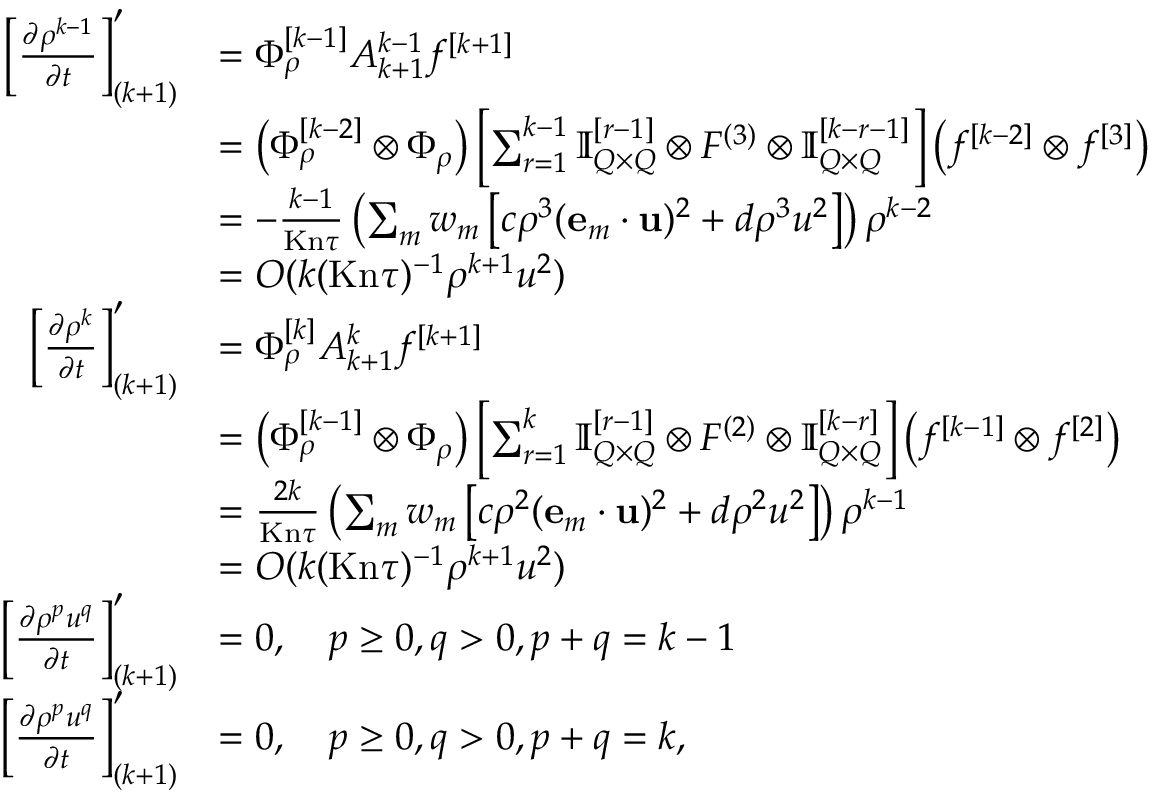
\begin{array} { r l } { \left[ \ensuremath { \frac { \partial \rho ^ { k - 1 } } { \partial t } } \right] _ { ( k + 1 ) } ^ { \prime } } & { = \Phi _ { \rho } ^ { [ k - 1 ] } A _ { k + 1 } ^ { k - 1 } f ^ { [ k + 1 ] } } \\ & { = \left( \Phi _ { \rho } ^ { [ k - 2 ] } \otimes \Phi _ { \rho } \right) \left[ \sum _ { r = 1 } ^ { k - 1 } \ensuremath { \mathbb { I } _ { Q \times Q } } ^ { [ r - 1 ] } \otimes F ^ { ( 3 ) } \otimes \ensuremath { \mathbb { I } _ { Q \times Q } } ^ { [ k - r - 1 ] } \right] \left( f ^ { [ k - 2 ] } \otimes f ^ { [ 3 ] } \right) } \\ & { = - \frac { k - 1 } { \ensuremath { \mathrm { K n } } \tau } \left( \sum _ { m } w _ { m } \left[ c \rho ^ { 3 } ( \ensuremath { \mathbf { e } } _ { m } \cdot \ensuremath { \mathbf { u } } ) ^ { 2 } + d \rho ^ { 3 } u ^ { 2 } \right] \right) \rho ^ { k - 2 } } \\ & { = O ( k ( \ensuremath { \mathrm { K n } } \tau ) ^ { - 1 } \rho ^ { k + 1 } u ^ { 2 } ) } \\ { \left[ \ensuremath { \frac { \partial \rho ^ { k } } { \partial t } } \right] _ { ( k + 1 ) } ^ { \prime } } & { = \Phi _ { \rho } ^ { [ k ] } A _ { k + 1 } ^ { k } f ^ { [ k + 1 ] } } \\ & { = \left( \Phi _ { \rho } ^ { [ k - 1 ] } \otimes \Phi _ { \rho } \right) \left[ \sum _ { r = 1 } ^ { k } \ensuremath { \mathbb { I } _ { Q \times Q } } ^ { [ r - 1 ] } \otimes F ^ { ( 2 ) } \otimes \ensuremath { \mathbb { I } _ { Q \times Q } } ^ { [ k - r ] } \right] \left( f ^ { [ k - 1 ] } \otimes f ^ { [ 2 ] } \right) } \\ & { = \frac { 2 k } { \ensuremath { \mathrm { K n } } \tau } \left( \sum _ { m } w _ { m } \left[ c \rho ^ { 2 } ( \ensuremath { \mathbf { e } } _ { m } \cdot \ensuremath { \mathbf { u } } ) ^ { 2 } + d \rho ^ { 2 } u ^ { 2 } \right] \right) \rho ^ { k - 1 } } \\ & { = O ( k ( \ensuremath { \mathrm { K n } } \tau ) ^ { - 1 } \rho ^ { k + 1 } u ^ { 2 } ) } \\ { \left[ \ensuremath { \frac { \partial \rho ^ { p } u ^ { q } } { \partial t } } \right] _ { ( k + 1 ) } ^ { \prime } } & { = 0 , \quad p \geq 0 , q > 0 , p + q = k - 1 } \\ { \left[ \ensuremath { \frac { \partial \rho ^ { p } u ^ { q } } { \partial t } } \right] _ { ( k + 1 ) } ^ { \prime } } & { = 0 , \quad p \geq 0 , q > 0 , p + q = k , } \end{array}